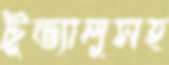
টুভ্যালুসহ